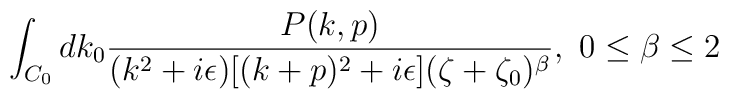
\int_{C_0} dk_0{P(k,p)\over(k^2+i\epsilon)[(k+p)^2+i\epsilon](\zeta+\zeta_0)^\beta},\ 0\leq\beta\leq2